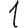
Digit: 1